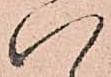
八